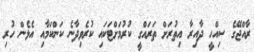
ރާއްޖޭގެ ސިއްހީ ދާއިރާ އިތުރަށް ތަރައްގީ ކުރުމަށްޓަކައި ކުރެވިދާނެ ކަންކަމާއި އެޅެން ހުރި